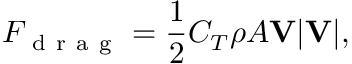
F _ { \mathrm { ~ d ~ r ~ a ~ g ~ } } = \frac { 1 } { 2 } C _ { T } \rho A \mathbf { V } \lvert \mathbf { V } \rvert ,